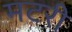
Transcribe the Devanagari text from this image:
मटरी